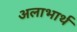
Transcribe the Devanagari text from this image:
अलाभार्थ